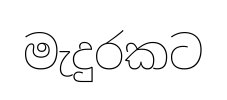
මැදුරකට